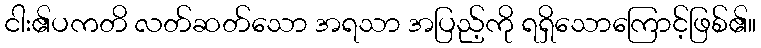
ငါး၏ပကတိ လတ်ဆတ်သော အရသာ အပြည့်ကို ရရှိသောကြောင့်ဖြစ်၏။